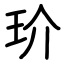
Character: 玠